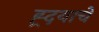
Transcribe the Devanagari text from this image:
ह्र्दयाचे